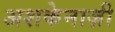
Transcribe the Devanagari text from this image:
अशकेनाज़ी